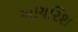
આયરિશ